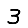
Digit: 3